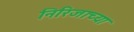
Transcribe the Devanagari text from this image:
निरिजाच्या